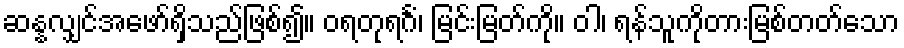
ဆန္နလျှင်အဖော်ရှိသည်ဖြစ်၍။ ဝရတုရင်္ဂံ၊ မြင်းမြတ်ကို။ ဝါ၊ ရန်သူကိုတားမြစ်တတ်သော